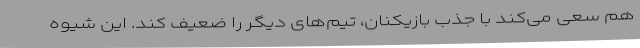
هم سعی می‌کند با جذب بازیکنان، تیم‌های دیگر را ضعیف کند. این شیوه